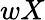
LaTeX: wX